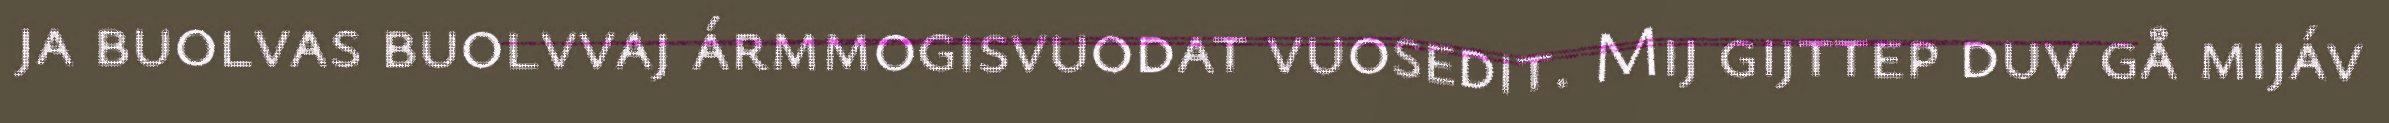
ja buolvas buolvvaj ármmogisvuodat vuosedit. Mij gijttep duv gå mijáv